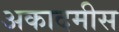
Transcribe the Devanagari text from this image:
अकादमीस